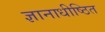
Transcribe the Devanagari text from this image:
ज्ञानाधीष्ठित